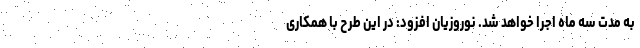
به مدت سه ماه اجرا خواهد شد. نوروزیان افزود: در این طرح با همکاری